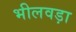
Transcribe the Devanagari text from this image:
भीलवड़ा